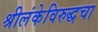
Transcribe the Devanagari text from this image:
श्रीलंकेविरुद्धचा